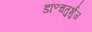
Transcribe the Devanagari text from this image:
डॉ॰चतुर्भुज